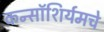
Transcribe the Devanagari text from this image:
कन्सॉशिर्यमचे